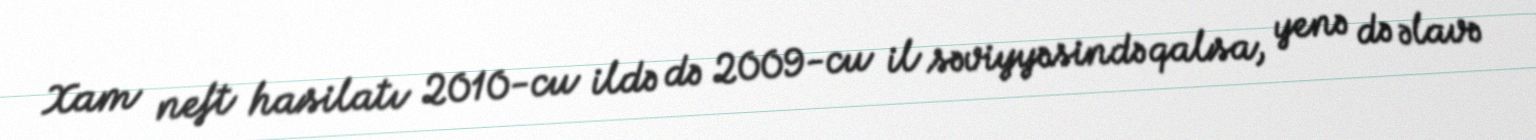
Xam neft hasilatı 2010-cu ildə də 2009-cu il səviyyəsində qalsa, yenə də əlavə